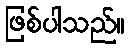
ဖြစ်ပါသည်။